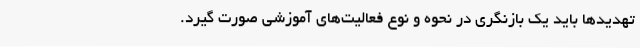
تهدیدها باید یک بازنگری در نحوه و نوع فعالیت‌های آموزشی صورت گیرد.